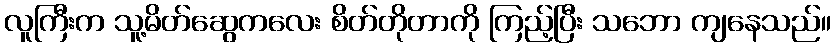
လူကြီးက သူ့မိတ်ဆွေကလေး စိတ်တိုတာကို ကြည့်ပြီး သဘော ကျနေသည်။